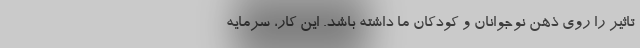
تاثیر را روی ذهن نوجوانان و کودکان ما داشته باشد. این کار، سرمایه